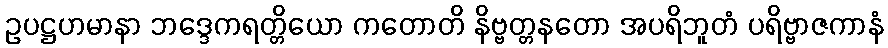
ဥပဋ္ဌဟမာနာ ဘဒ္ဒေကရတ္တိယော ကတောတိ နိဗ္ဗတ္တနတော အပရိဘူတံ ပရိဗ္ဗာဇကာနံ